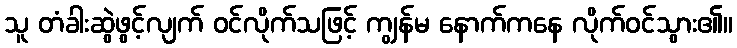
သူ တံခါးဆွဲဖွင့်လျက် ဝင်လိုက်သဖြင့် ကျွန်မ နောက်ကနေ လိုက်ဝင်သွား၏။